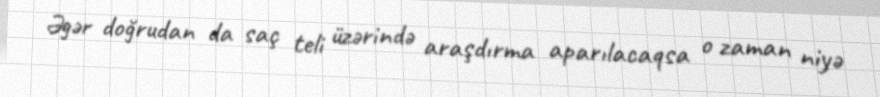
Əgər doğrudan da saç teli üzərində araşdırma aparılacaqsa o zaman niyə